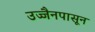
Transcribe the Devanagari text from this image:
उज्जैनपासून